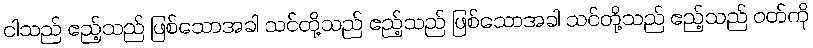
ငါသည် ဧည့်သည် ဖြစ်သောအခါ သင်တို့သည် ဧည့်သည် ဖြစ်သောအခါ သင်တို့သည် ဧည့်သည် ဝတ်ကို